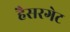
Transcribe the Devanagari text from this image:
हैसरगेट